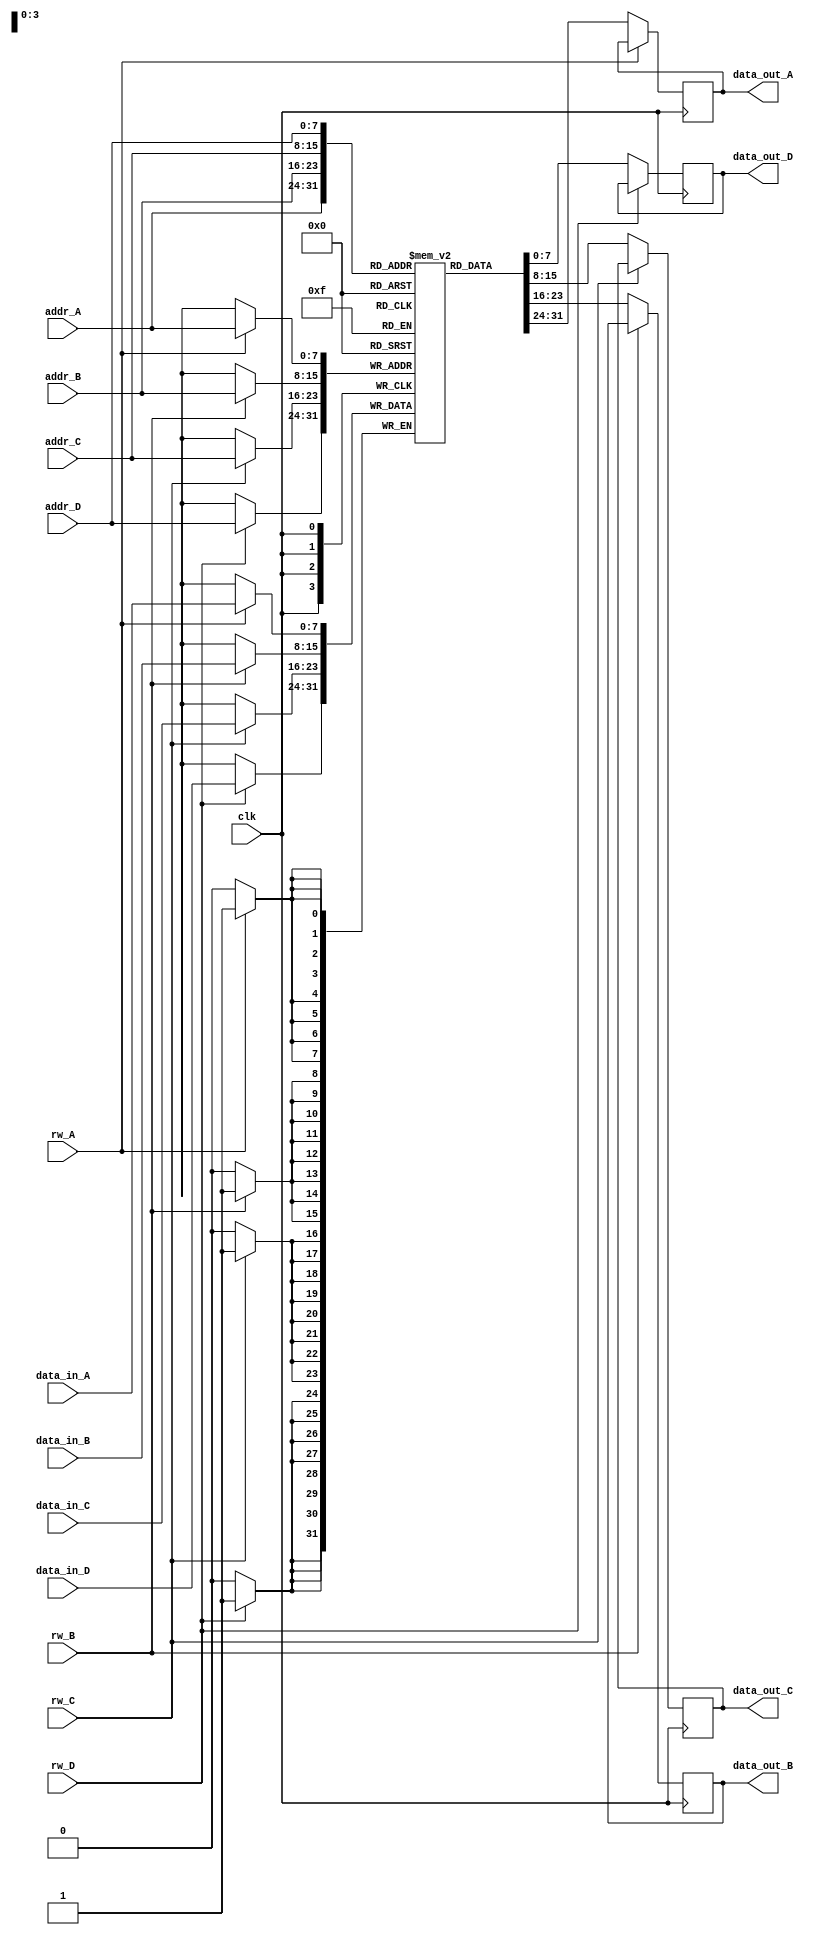
module quad_port_ram #(
    parameter DATA_WIDTH = 8,  // Configurable data width
    parameter ADDR_WIDTH = 8    // Configurable address width
)(
    input wire clk,
    
    // Port A
    input wire [ADDR_WIDTH-1:0] addr_A,
    input wire [DATA_WIDTH-1:0] data_in_A,
    input wire rw_A, // 0 for read, 1 for write
    output reg [DATA_WIDTH-1:0] data_out_A,

    // Port B
    input wire [ADDR_WIDTH-1:0] addr_B,
    input wire [DATA_WIDTH-1:0] data_in_B,
    input wire rw_B, // 0 for read, 1 for write
    output reg [DATA_WIDTH-1:0] data_out_B,

    // Port C
    input wire [ADDR_WIDTH-1:0] addr_C,
    input wire [DATA_WIDTH-1:0] data_in_C,
    input wire rw_C, // 0 for read, 1 for write
    output reg [DATA_WIDTH-1:0] data_out_C,

    // Port D
    input wire [ADDR_WIDTH-1:0] addr_D,
    input wire [DATA_WIDTH-1:0] data_in_D,
    input wire rw_D, // 0 for read, 1 for write
    output reg [DATA_WIDTH-1:0] data_out_D
);

    // Memory array declaration
    reg [DATA_WIDTH-1:0] memory [(2**ADDR_WIDTH)-1:0];

    // Synchronous read/write operations
    always @(posedge clk) begin
        // Port A
        if (rw_A) begin
            // Write operation
            memory[addr_A] <= data_in_A;
        end else begin
            // Read operation
            data_out_A <= memory[addr_A];
        end

        // Port B
        if (rw_B) begin
            // Write operation
            memory[addr_B] <= data_in_B;
        end else begin
            // Read operation
            data_out_B <= memory[addr_B];
        end

        // Port C
        if (rw_C) begin
            // Write operation
            memory[addr_C] <= data_in_C;
        end else begin
            // Read operation
            data_out_C <= memory[addr_C];
        end

        // Port D
        if (rw_D) begin
            // Write operation
            memory[addr_D] <= data_in_D;
        end else begin
            // Read operation
            data_out_D <= memory[addr_D];
        end
    end

endmodule